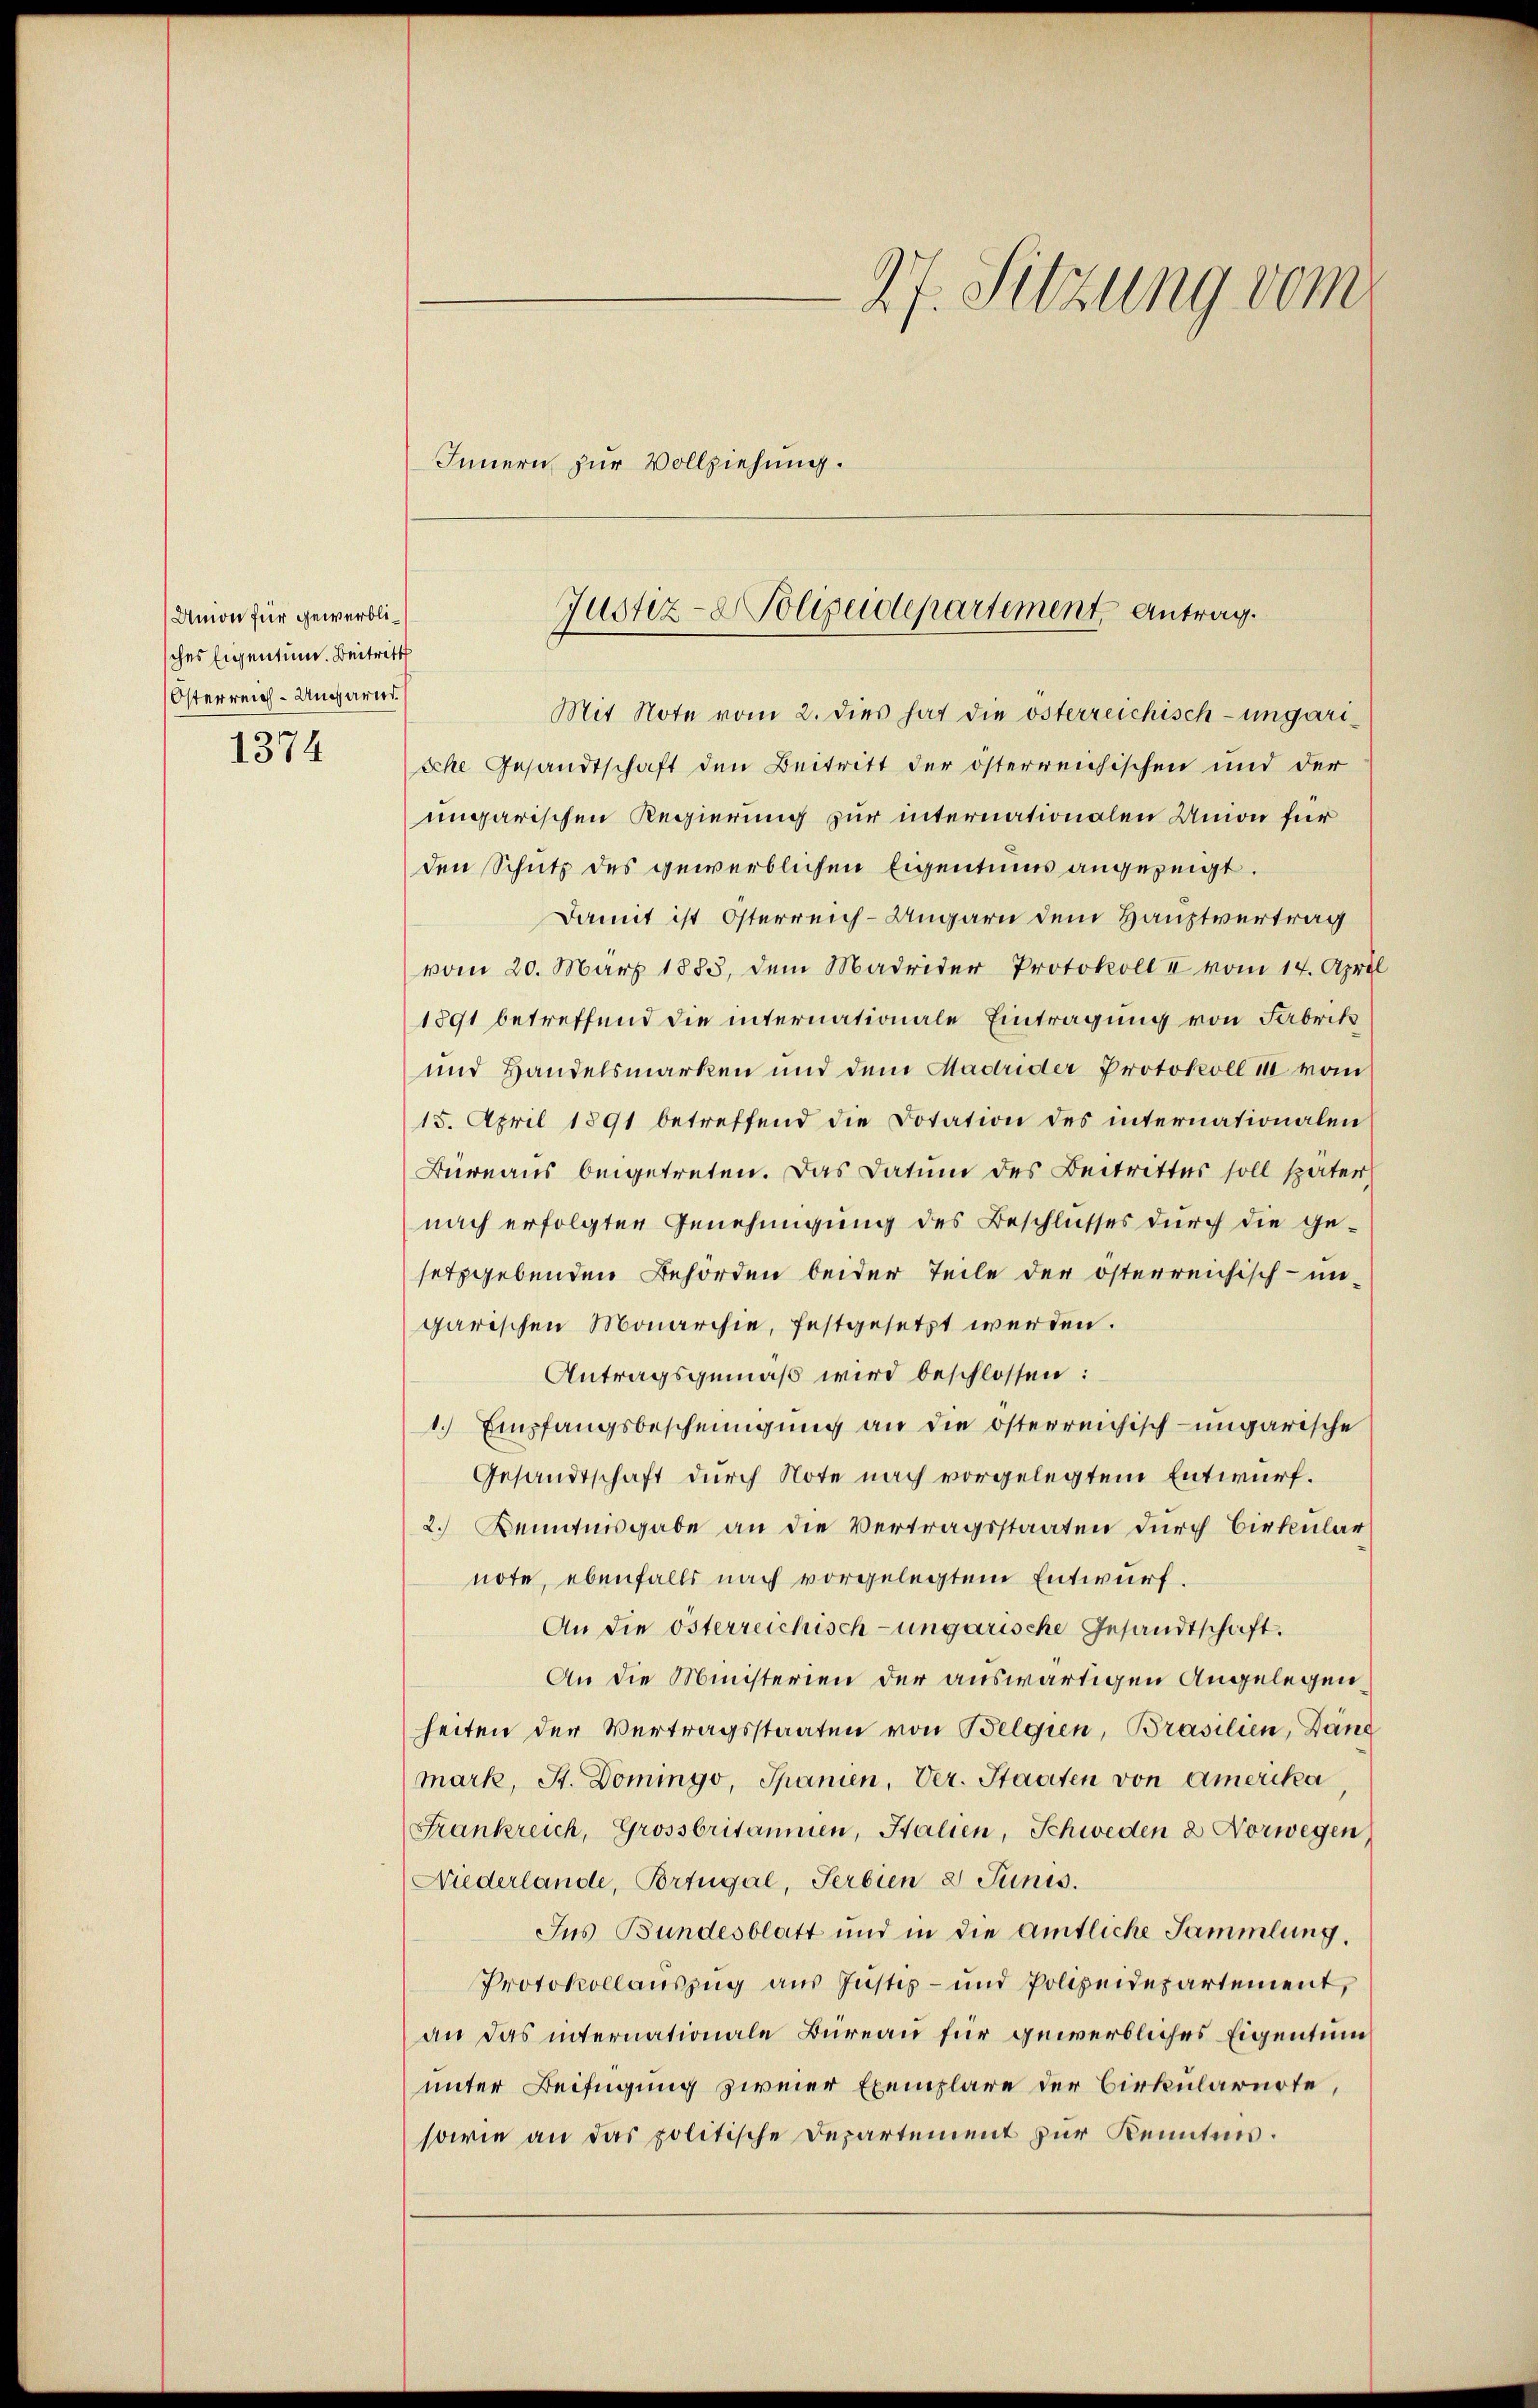
Union für gewerblisches Eigentum. Beitritt
Österreich-Ungarns

1374

27. Sitzung vom
Innern zur Vollziehung.

Mit Note vom 2. dies hat die österreichisch-ungarische Gesandtschaft den Beitritt der österreichischen und der
ungarischen Regierung zur internationalen Union für
den Schutz des gewerblichen Eigentums angezeigt.
Damit ist Österreich-Ungarn dem Hauptvertrag
vom 20. März 1883, dem Madrider Protokoll II vom 14. April
1891 betreffend die internationale Eintragung von Fabrik
und Handelsmarken und dem Madrider Protokoll III vom
15. April 1891 betreffend die Dotation des internationalen
Büreaus beigetreten. Das Datum des Beitrittes soll später,
nach erfolgten Genehmigung des Beschlusses durch die gesetzgebenden Behörden beider Teile der österreichisch - im
garischen Monarchie, festgesetzt werden.
Antragsgemäß wird beschlossen:
1. Empfangsbescheinigung an die österreichisch-ungarische
Gesandtschaft durch Note nach vorgelegtem Entwurf.
2.) Kenntnisgabe an die Vertragsstaaten durch Birkular
note, ebenfalls nach vorgelegtem Entwurf.
An die österreichisch-ungarische Gesandtschaft.
An die Ministerien der auswärtigen Angelegen
heiten der Vertragsstaaten von Belgien, Brasilien, Dänd
mark, St. Domingo, Spanien, Ver. Staaten von Amerika
Frankreich, Grossbritanien, Halien, Schweden 2 Vorwegen,
Niederlande, Portugal, Serbien 8 Junis.
Ins Bundesblatt und in die amtliche Sammlung.
Protokollauszug aus Justiz- und Polizeidepartement,
an das internationale Büreau für gewerbliches Eigentum
unter Beifügung zweier Exemplare der Cirkularirte,
sowie an das politische Departement zur Kenntnis.

Justiz-Polizeidepartement Antrag.